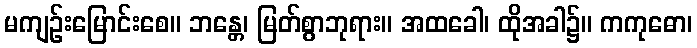
မကျဉ်းမြောင်းစေ။ ဘန္တေ၊ မြတ်စွာဘုရား။ အထခေါ၊ ထိုအခါ၌။ ကကုဓော၊